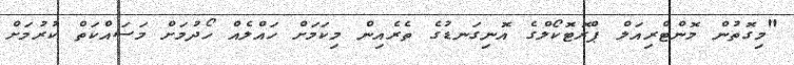
"މިގޮތުން މޮންޓްރިއަލް ޕްރޮޓޮކޯލްގެ އޮނިގަނޑުގެ ތެރެއިން މިކަމަށް ހައްލެއް ހޯދުމަށް މަސައްކަތް ކުރުމަށް